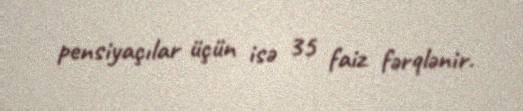
pensiyaçılar üçün isə 35 faiz fərqlənir.